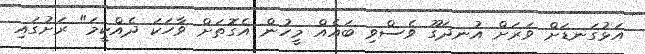
އަޅުގަނޑަށް ވަރަށް އުނދަގޫ ވެސްވި ބައެއް މީހުން އެގޮތަށް ވާހަކަ ދެއްކީމަ" ރަށުގައި